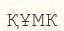
ҚҰМК